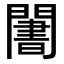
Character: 𬮑